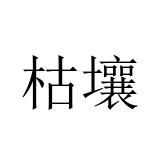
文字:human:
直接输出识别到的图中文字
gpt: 枯壤